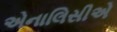
એનાલિસીએ